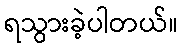
ရသွားခဲ့ပါတယ်။